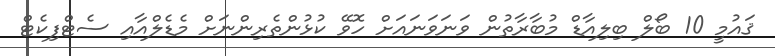
ޤައުމީ 10 ބޯލް ބިލިއާޑް މުބާރާތުން ވަނަވަނައަށް ހޮވޭ ކުޅުންތެރިންނަށް މެޑެލްއާއި ސެޓްފިކެޓް